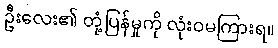
ဦးလေး၏ တုံ့ပြန်မှုကို လုံးဝမကြားရ။